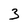
Character: 3